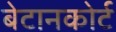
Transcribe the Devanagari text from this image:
बेटानकोर्ट